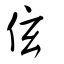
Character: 伭